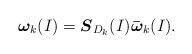
LaTeX: \begin{align*}{\boldsymbol {\omega}}_k(I)= \boldsymbol S_{D_k}(I){\boldsymbol {\bar{\omega}}}_k(I).\end{align*}